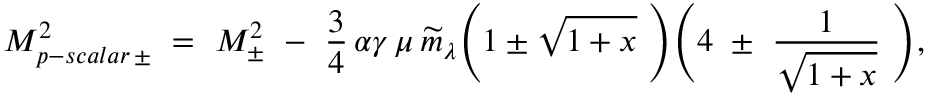
M _ { p - s c a l a r \, \pm } ^ { 2 } ~ = ~ M _ { \pm } ^ { 2 } ~ - ~ { \frac { 3 } { 4 } } \, \alpha \gamma \, \mu \, \widetilde { m } _ { \lambda } \Bigg ( 1 \pm \sqrt { 1 + x } ~ \Bigg ) \Bigg ( 4 ~ \pm ~ { \frac { 1 } { \sqrt { 1 + x } } } ~ \Bigg ) ,